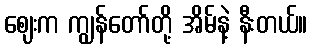
ဈေးက ကျွန်တော်တို့ အိမ်နဲ့ နီးတယ်။